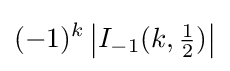
(-1)^{k}\left|I_{-1}(k,{\tfrac {1}{2}})\right|